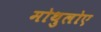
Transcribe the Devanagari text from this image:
मोथुलोए